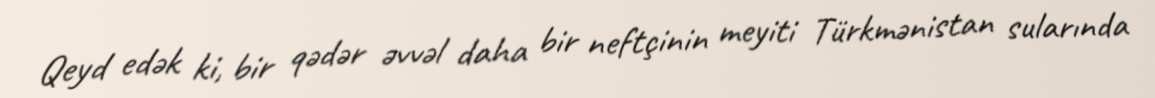
Qeyd edək ki, bir qədər əvvəl daha bir neftçinin meyiti Türkmənistan sularında